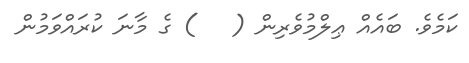
ކަމެވެ. ބައެއް ޢިލްމުވެރިން (   ) ގެ މާނަ ކުރައްވަމުން